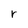
Character: r